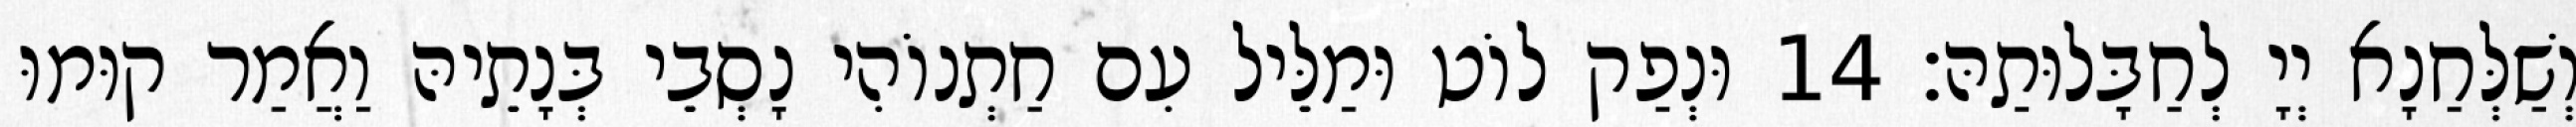
וְשַׁלְּחַנָא יְיָ לְחַבָּלוּתַהּ׃ 14 וּנְפַק לוֹט וּמַלֵּיל עִם חַתְנוֹהִי נָסְבֵי בְּנָתֵיהּ וַאֲמַר קוּמוּ